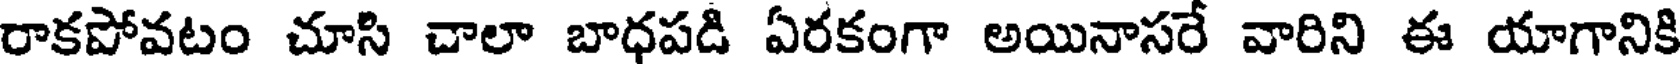
రాకపోవటం చూసి చాలా బాధపడి ఏరకంగా అయినాసరే వారిని ఈ యాగానికి